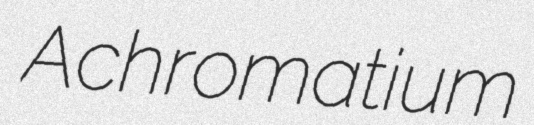
Achromatium